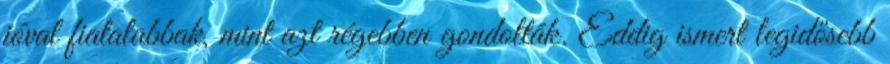
jóval fiatalabbak, mint azt régebben gondolták. Eddig ismert legidősebb